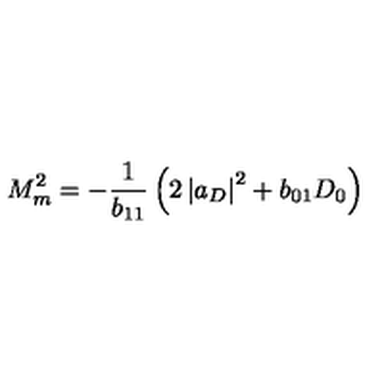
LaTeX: M _ { m } ^ { 2 } = - \frac { 1 } { b _ { 1 1 } } \left( 2 \left| a _ { D } \right| ^ { 2 } + { b } _ { 0 1 } D _ { 0 } \right)